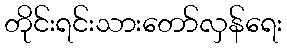
တိုင်းရင်းသားတော်လှန်ရေး